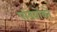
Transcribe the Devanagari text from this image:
पांडवोंको